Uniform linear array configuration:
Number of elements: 48
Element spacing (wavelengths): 0.25
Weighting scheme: uniform
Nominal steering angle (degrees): -30
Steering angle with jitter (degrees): -31.997
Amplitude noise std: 0.05
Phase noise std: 0.05

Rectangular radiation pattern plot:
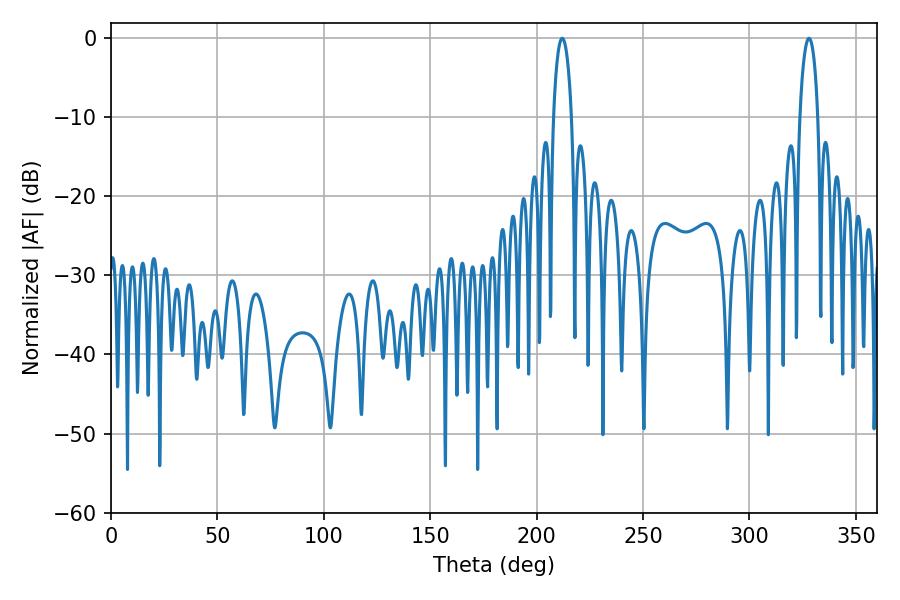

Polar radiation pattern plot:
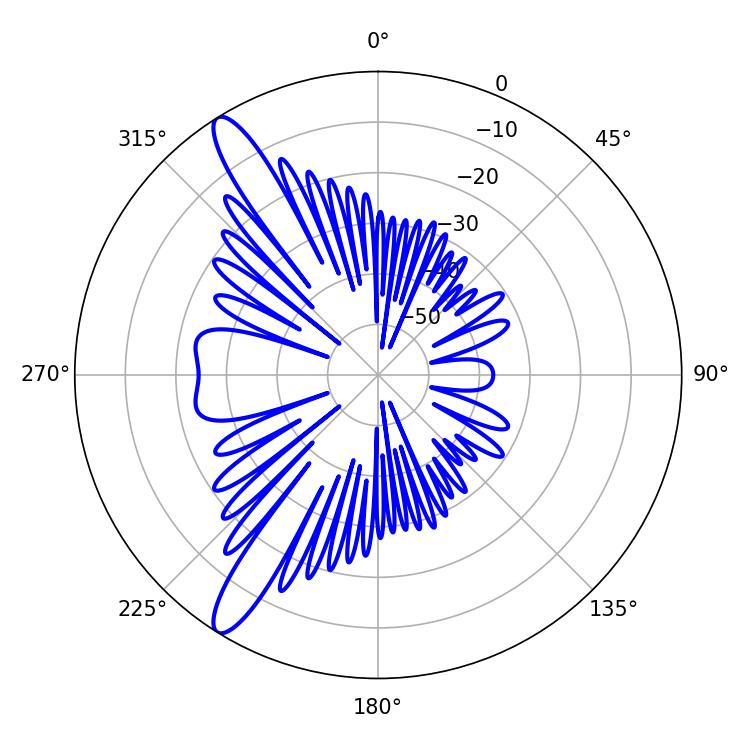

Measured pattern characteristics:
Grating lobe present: FALSE
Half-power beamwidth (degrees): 4.86
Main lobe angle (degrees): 212.04